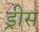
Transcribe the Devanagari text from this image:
ड्रीस